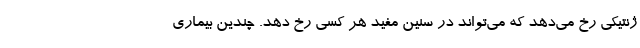
ژنتیکی رخ می‌دهد که می‌تواند در سنین مفید هر کسی رخ دهد. چندین بیماری